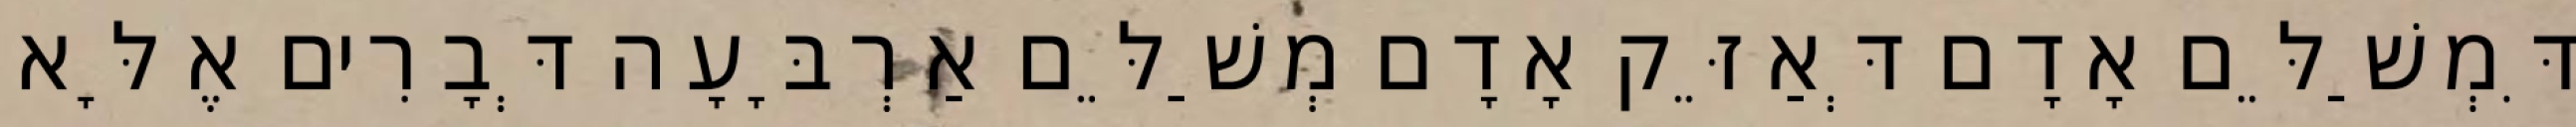
דִּמְשַׁלֵּם אָדָם דְּאַזֵּק אָדָם מְשַׁלֵּם אַרְבָּעָה דְּבָרִים אֶלָּא